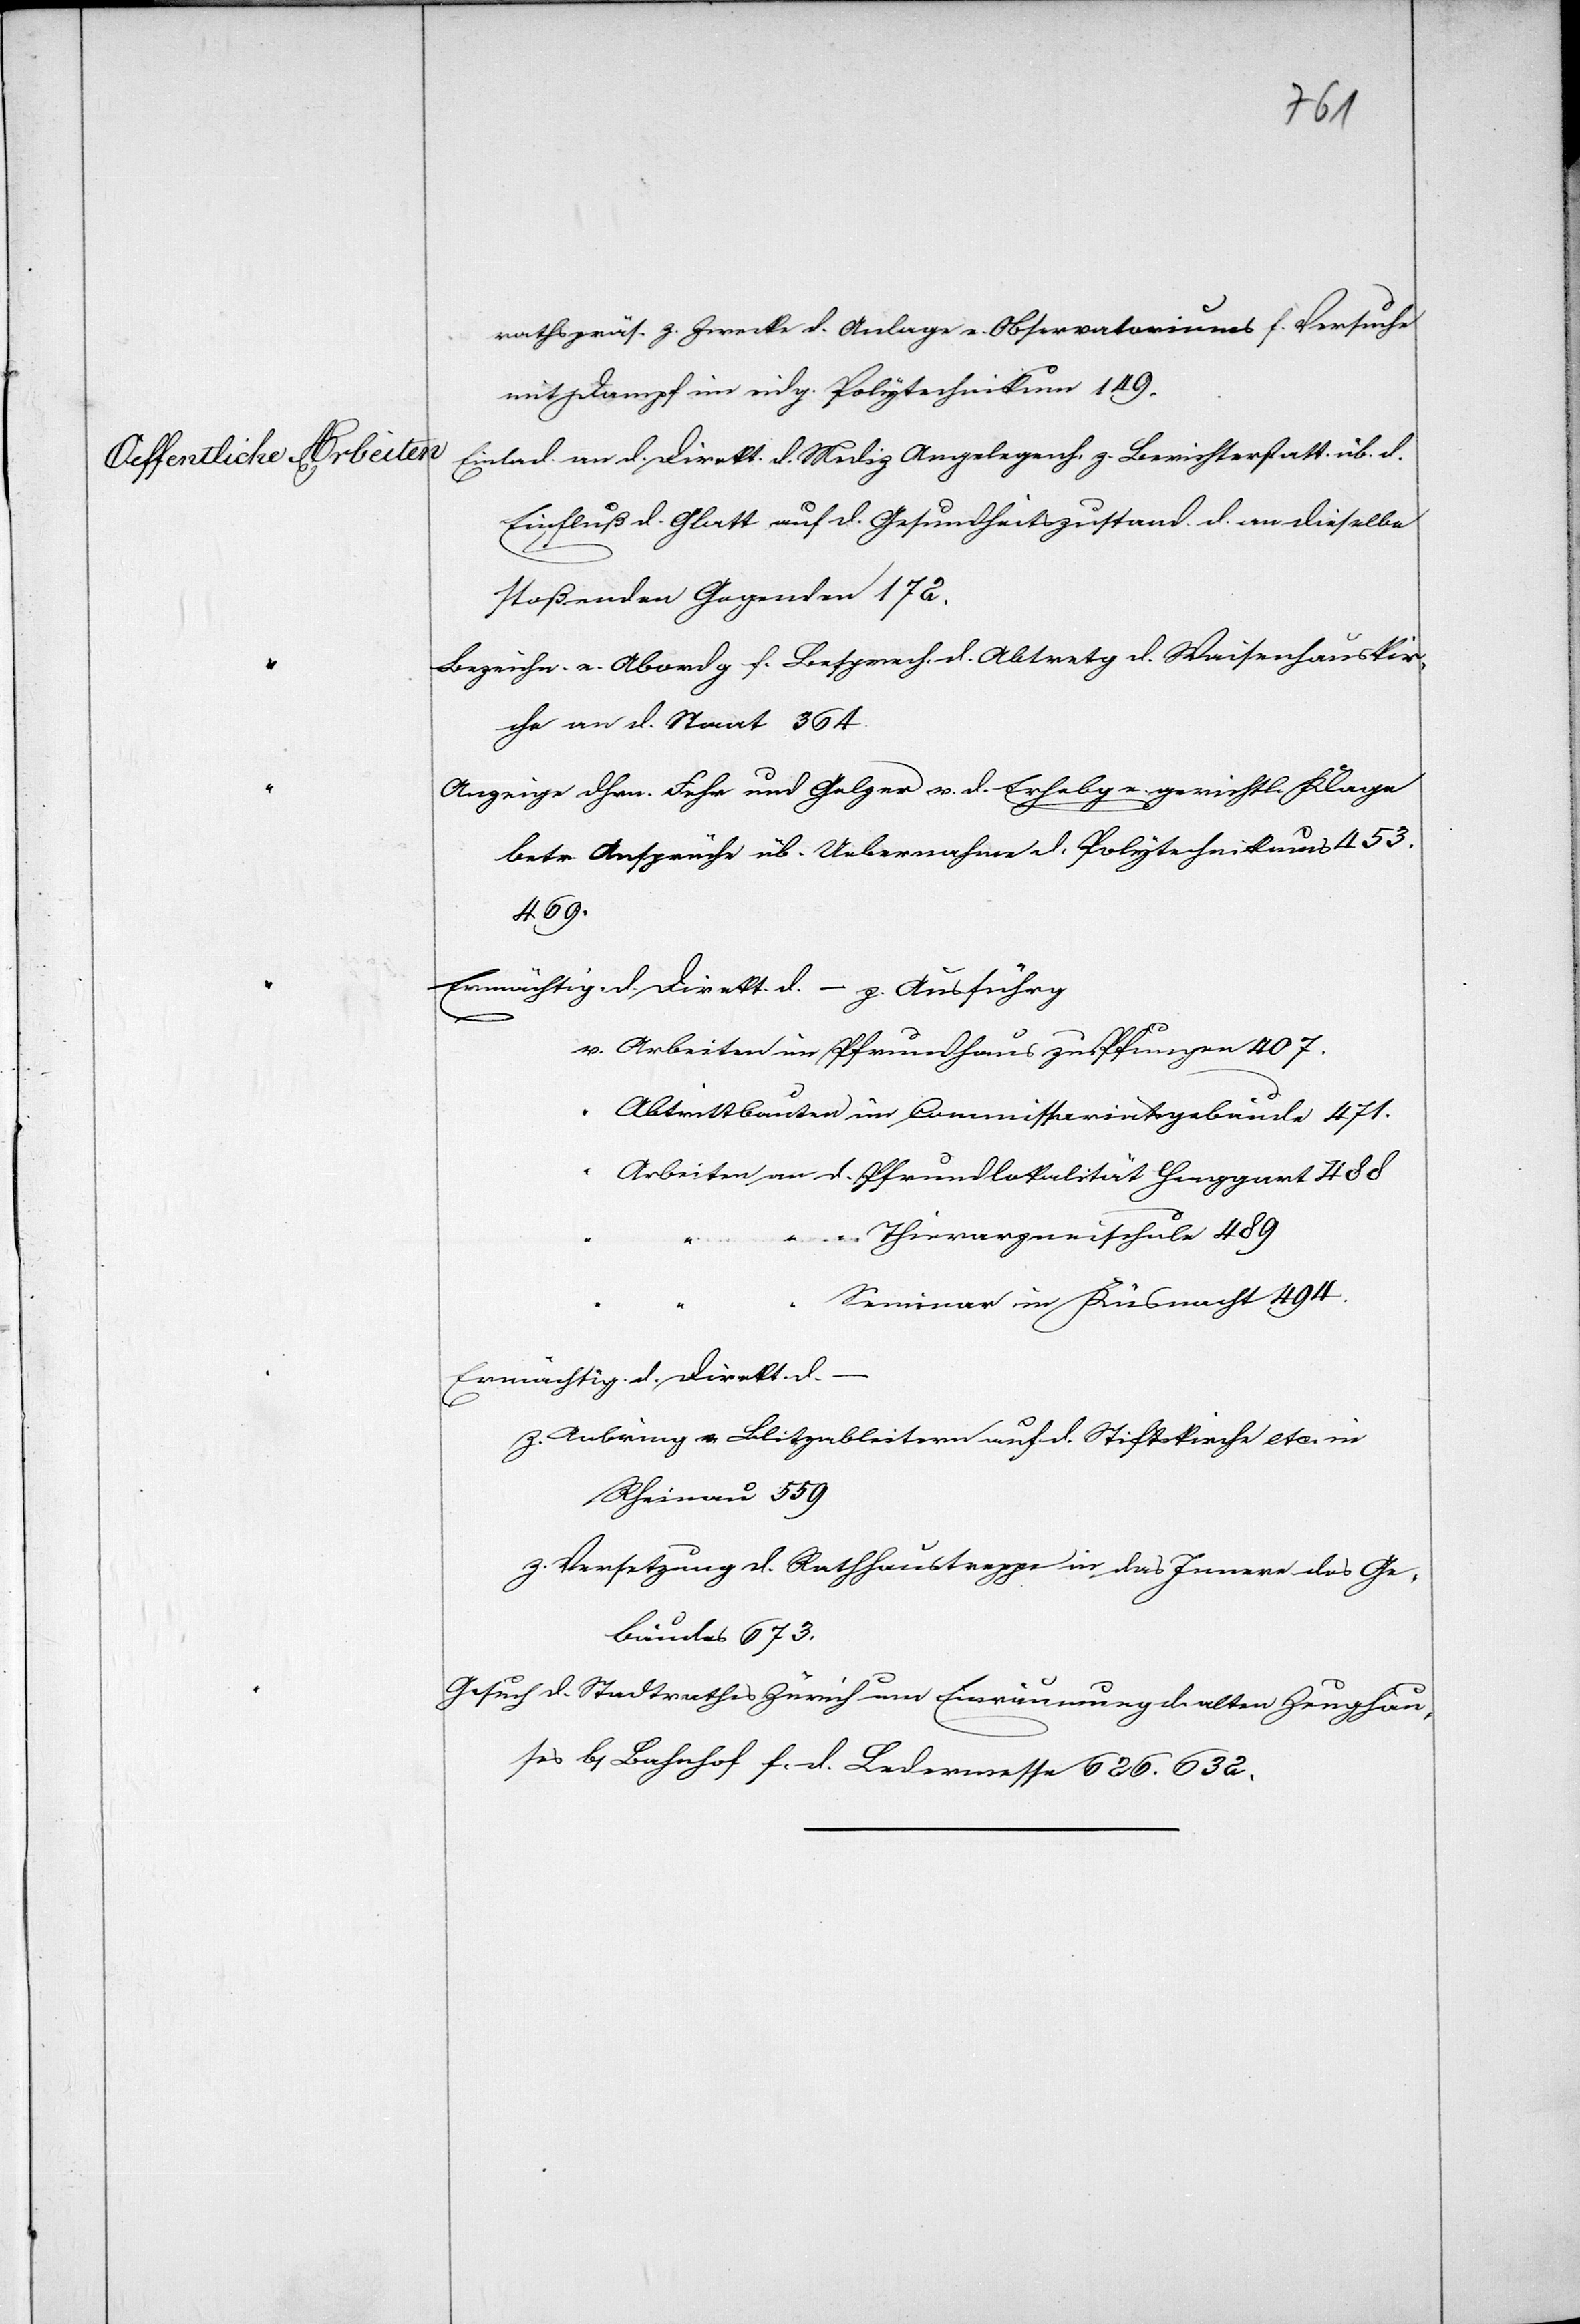
befindlichen Nachlasses

1867.]
30.
Mts,
T.
Anerbieten